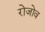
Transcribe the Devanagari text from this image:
रोजोव